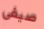
صيفي